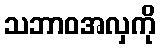
သဘာဝအလှကို